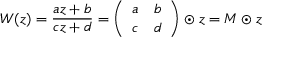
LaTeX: W ( z ) = \frac { a z + b } { c z + d } = \left( \begin{array} { c c } { { a } } & { { b } } \\ { { c } } & { { d } } \end{array} \right) \odot z = M \odot z